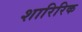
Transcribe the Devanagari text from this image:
शारिरिक